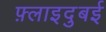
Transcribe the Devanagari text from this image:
फ़्लाइदुबई